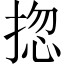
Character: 㧾